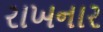
રાખનાર